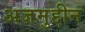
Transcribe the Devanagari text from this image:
अजमुद्दीन